Lunatic asylums in Bengal annual reports 1888-1898 - 1888-1898
Year: 1888
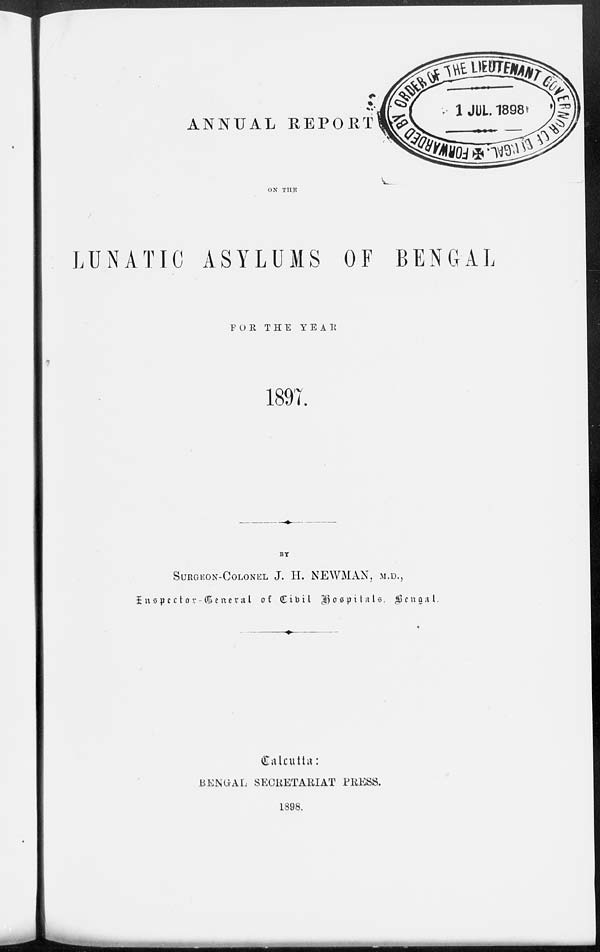
ANNUAL REPORT
ON THE
LUNATIC ASYLUMS OF BENGAL
FOR THE YEAR
1897.
BY
SURGEON-COLONEL J. H. NEWMAN, M.D.,
Inspector - General of Civil Hospitals, Bengal.
Calcutta:
BENGAL SECRETARIAT PRESS.
1898.